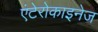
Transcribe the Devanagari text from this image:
एंटेरोकाइनेज